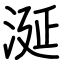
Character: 涎